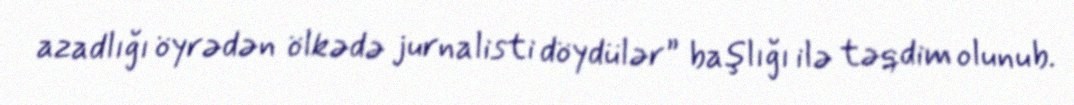
azadlığı öyrədən ölkədə jurnalisti döydülər” başlığı ilə təqdim olunub.